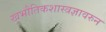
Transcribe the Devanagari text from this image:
खभौतिकशास्त्रज्ञावरुन